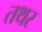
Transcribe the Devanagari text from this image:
तथर